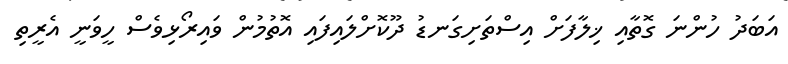
އަބަދު ހުންނަ ގޮތާއި ޚިލާފަށް އިސްތަށިގަނޑު ދޫކޮށްލައިފައި އޮތުމުން ވައިރޯޅިވެސް ހީވަނީ އެރީތި